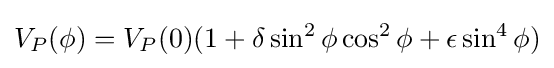
V_{P}(\phi )=V_{P}(0)(1+\delta \sin ^{2}\phi \cos ^{2}\phi +\epsilon \sin ^{4}\phi )